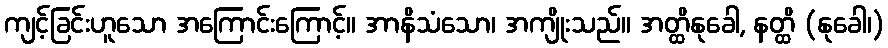
ကျင့်ခြင်းဟူသော အကြောင်းကြောင့်။ အာနိသံသော၊ အကျိုးသည်။ အတ္ထိနုခေါ, နတ္ထိ (နုခေါ၊)